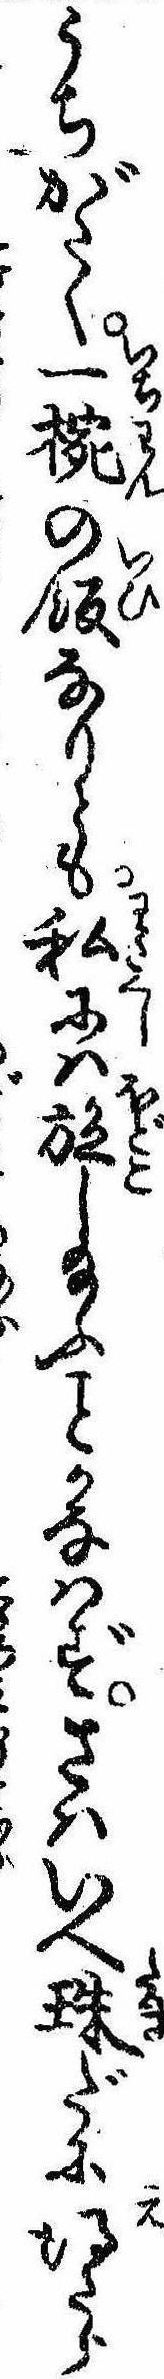
うちがたく一椀の飯なりとも私には施し給ふかなはずさはいへ珠だに得たら